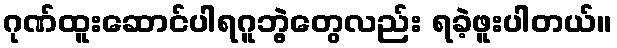
ဂုဏ်ထူးဆောင်ပါရဂူဘွဲ့တွေလည်း ရခဲ့ဖူးပါတယ်။